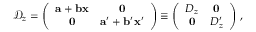
\mathcal { D } _ { z } = \left( \begin{array} { c c } { { \mathbf { a } + \mathbf { b } \mathbf { x } } } & { { \mathbf { 0 } } } \\ { { \mathbf { 0 } } } & { { \mathbf { a } ^ { \prime } + \mathbf { b } ^ { \prime } \mathbf { x } ^ { \prime } } } \end{array} \right) \equiv \left( \begin{array} { c c } { { D _ { z } } } & { { \mathbf { 0 } } } \\ { { \mathbf { 0 } } } & { { D _ { z } ^ { \prime } } } \end{array} \right) \, ,